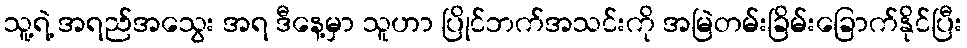
သူ့ရဲ့ အရည်အသွေး အရ ဒီနေ့မှာ သူဟာ ပြိုင်ဘက်အသင်းကို အမြဲတမ်းခြိမ်းခြောက်နိုင်ပြီး